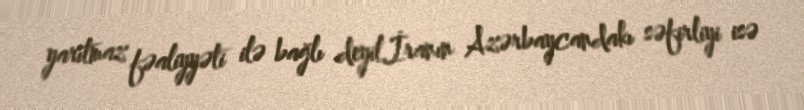
yarıtmaz fəaliyyəti ilə bağlı deyil.İranın Azərbaycandakı səfirliyi isə